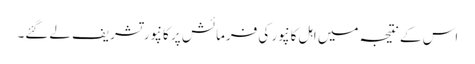
اس کے نتیجہ میں اہل کانپور کی فرمائش پر کانپور تشریف لےگئے۔